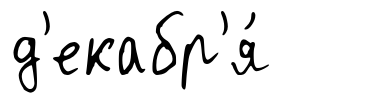
д'екабр'я́